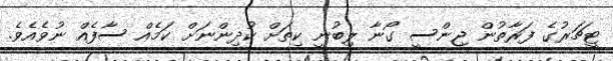
ޓީޗަރުގެ ފަރާތުން ޖިންސީ ގޯނާ ލިބުނީ ކިތަށް ކުދިންނަށް ކަމެއް ސާފެއް ނުވެއެވެ.